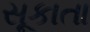
સૂકાતા